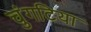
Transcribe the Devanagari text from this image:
चुंगटिया